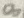
Text: 8